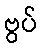
ဗွပ်